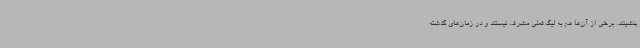
بنشینند. برخی از آن‌ها هم به لیگ فعلی مشرف نیستند و در زمان‌های گذشته